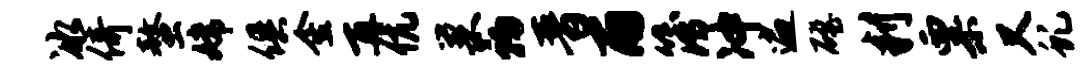
冰倚螯嫦俱金再伉巢初晋雨簿冲遍磴判粟又虬